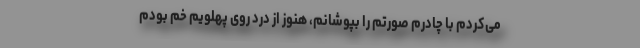
می‌کردم با چادرم صورتم را بپوشانم، هنوز از درد روی پهلویم خم بودم